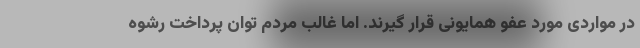
در مواردی مورد عفو همایونی قرار گیرند. اما غالب مردم توان پرداخت رشوه